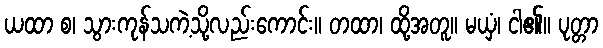
ယထာ စ၊ သွားကုန်သကဲ့သို့လည်းကောင်း။ တထာ၊ ထို့အတူ။ မယှံ၊ ငါ၏။ ပုတ္တာ